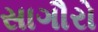
સાગૌરો